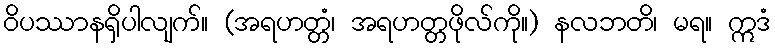
ဝိပဿာနရှိပါလျက်။ (အရဟတ္တံ၊ အရဟတ္တဖိုလ်ကို။) နလဘတိ၊ မရ။ ဣဒံ